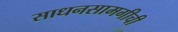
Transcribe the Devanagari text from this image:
साधनसामगीची